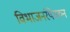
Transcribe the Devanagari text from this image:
विभाजनरेषेवरुन